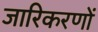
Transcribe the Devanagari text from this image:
जारिकरणों